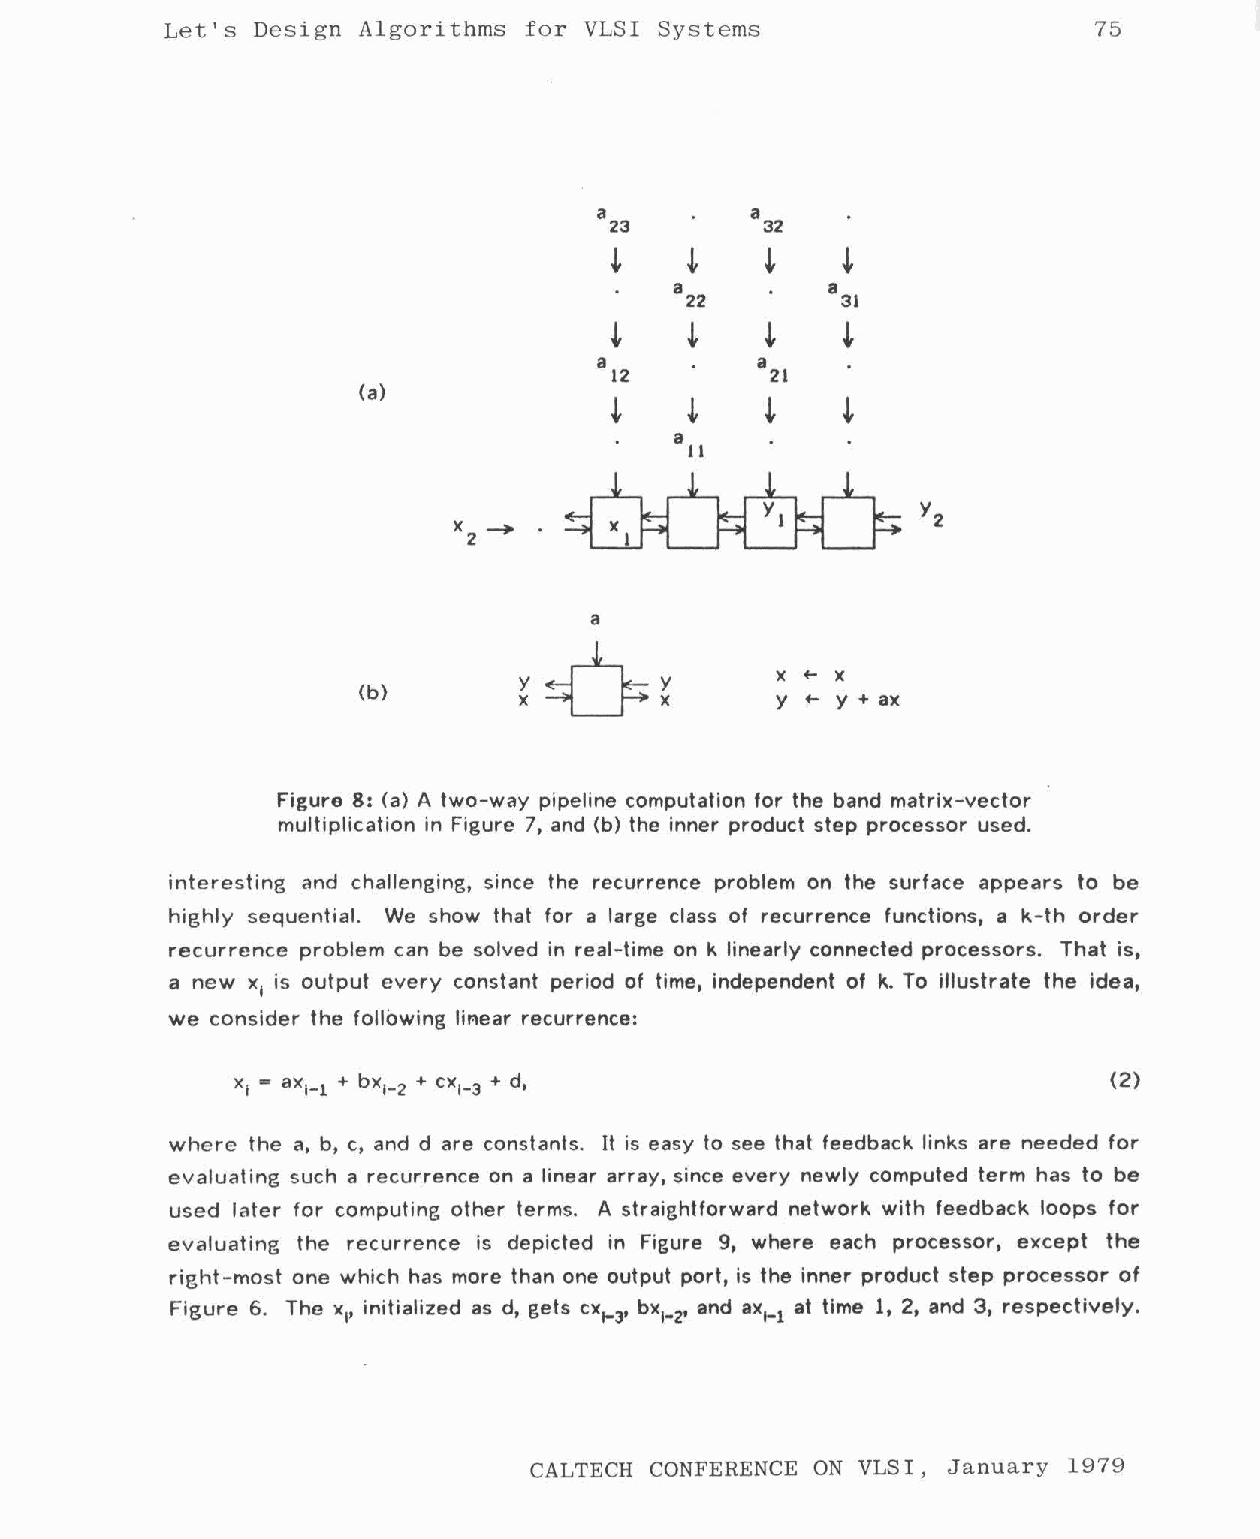
Let's Desi gn Algorithms for VLSI Systems                    75
 a          a
 23        32
 ~    ~     ~    ~
 a          a
 22         31
 ~    ~     ~    ~
 a          a
 12         21
 (a)
 ~    ~     ~    ~
 a
 11
 y2
 X
 2~
 a
 X +- )(
 (b)                        y +- y + ax
 Figuro 8: (a} A two-way pipeline computation for the band matrix-vector
 multiplication in Figure 7, and (b) the inner product step processor used.
 interesting and challenging, since the recurrence problem on the surface appears to be
 highly sequential. We show that for a large class of recurrence functions, a k-th order
 recurrence problem can be solved in real-time on k linearly connected processors. That is,
 a new x is output every constant period of time, independent of k. To illustrate the idea,
 1
 we consider the following liMear recurrence:
 (2)
 where the a, b, c, and d are constants. It is easy to see that feedback links are needed for
 evaluating such a recurrence on a linear array, since every newly computed term has to be
 used later for computing other terms. A straightforward network with feedback loops for
 evaluating the recurrence is depicted in Figure 9, where each processor, except the
 right-most one which has more than one output port, is the inner product step processor of
 Figure 6. The x, initialized as d, gets cxt- , bx_ , and axl-1 at time 1, 2, and 3, respectively.
 1                 3  12
 CALTECH CONFERENCE ON VLSI, J anuar y 1979